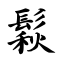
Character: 鬏